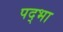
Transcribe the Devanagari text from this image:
पद्भा